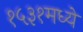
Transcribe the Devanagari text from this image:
१५३१मध्ये